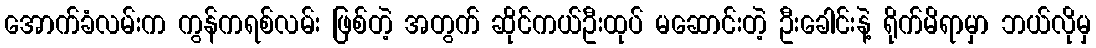
အောက်ခံလမ်းက ကွန်ကရစ်လမ်း ဖြစ်တဲ့ အတွက် ဆိုင်ကယ်ဦးထုပ် မဆောင်းတဲ့ ဦးခေါင်းနဲ့ ရိုက်မိရာမှာ ဘယ်လိုမှ